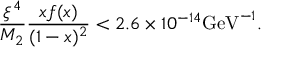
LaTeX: { \frac { \xi ^ { 4 } } { M _ { 2 } } } { \frac { x f ( x ) } { ( 1 - x ) ^ { 2 } } } < 2 . 6 \times 1 0 ^ { - 1 4 } \mathrm { G e V } ^ { - 1 } .